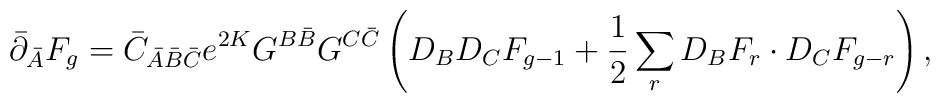
\bar{\partial}_{\bar{A}}F_g=\bar{C}_{\bar{A}\bar{B}\bar{C}}e^{2K}G^{B\bar{B}}G^{C\bar{C}}\left( D_BD_CF_{g-1}+\frac{1}{2}\sum_rD_BF_r\cdot D_CF_{g-r}\right),